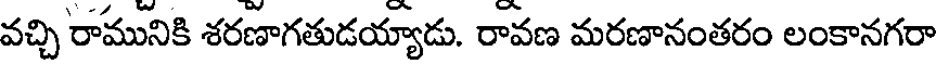
వచ్చి రామునికి శరణాగతుడయ్యాడు. రావణ మరణానంతరం లంకానగరా